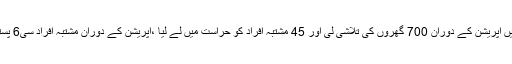
،میڈیا رپورٹس کے مطابق سکیورٹی فورسز نے آپریشن ردالفساد کے تحت حیات آباد میں آپریشن کے دوران 700 گھروں کی تلاشی لی اور 45 مشتبہ افراد کو حراست میں لے لیا ،ْآپریشن کے دوران مشتبہ افراد سی6 پستول،گولیوں کے 60 راوٴنڈز برآمدہوئے جنہیں مزید تفتیش کیلئے تھانے منتقل کردیا گیا۔